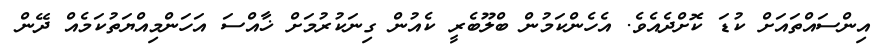
އިންސައްތައަށް ކުޑަ ކޮށްދެއެވެ. އެހެންކަމުން ބްލޫބެރީ ކެއުން ގިނަކުރުމަށް ޚާއްސަ އަހަންމިއްޔަތުކަމެއް ދޭން